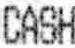
CASH